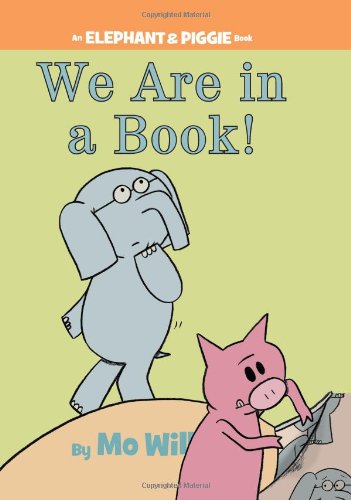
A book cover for We Are in a Book! (An Elephant and Piggie Book); Mo Willems; Children's Books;